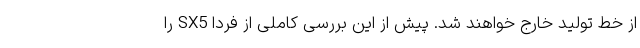
از خط تولید خارج خواهند شد. پیش از این بررسی کاملی از فردا SX5 را